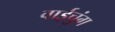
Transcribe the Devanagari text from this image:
वाईचुंग